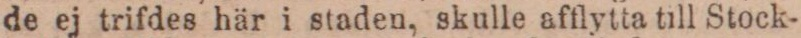
de ej trifdes här i staden, skulle afflytta till Stock-